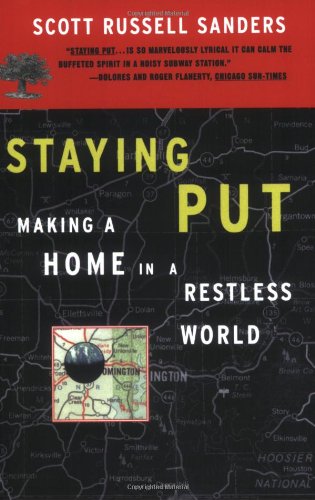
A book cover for Staying Put: Making a Home in a Restless World; Scott Russell Sanders; Politics & Social Sciences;